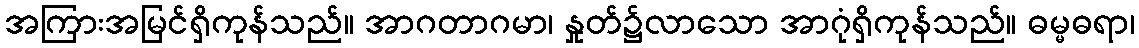
အကြားအမြင်ရှိကုန်သည်။ အာဂတာဂမာ၊ နှုတ်၌လာသော အာဂုံရှိကုန်သည်။ ဓမ္မဓရာ၊